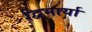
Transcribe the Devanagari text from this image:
द्विभार्या